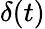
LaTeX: \delta(t)